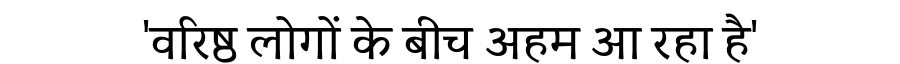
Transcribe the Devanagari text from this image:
'वरिष्ठ लोगों के बीच अहम आ रहा है'